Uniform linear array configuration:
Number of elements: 12
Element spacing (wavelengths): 1
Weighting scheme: uniform
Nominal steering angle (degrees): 45
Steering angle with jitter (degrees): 46.94
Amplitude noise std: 0.05
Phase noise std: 0.05

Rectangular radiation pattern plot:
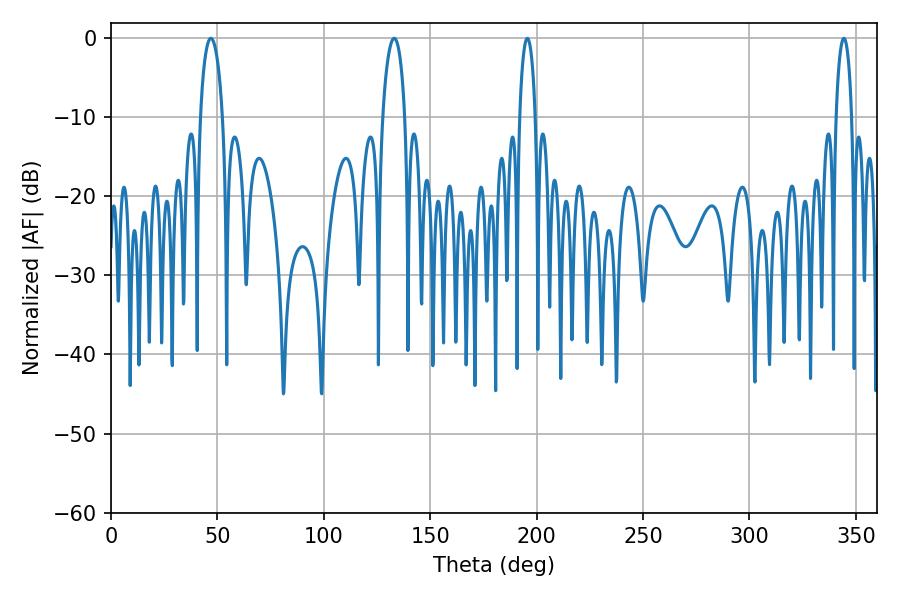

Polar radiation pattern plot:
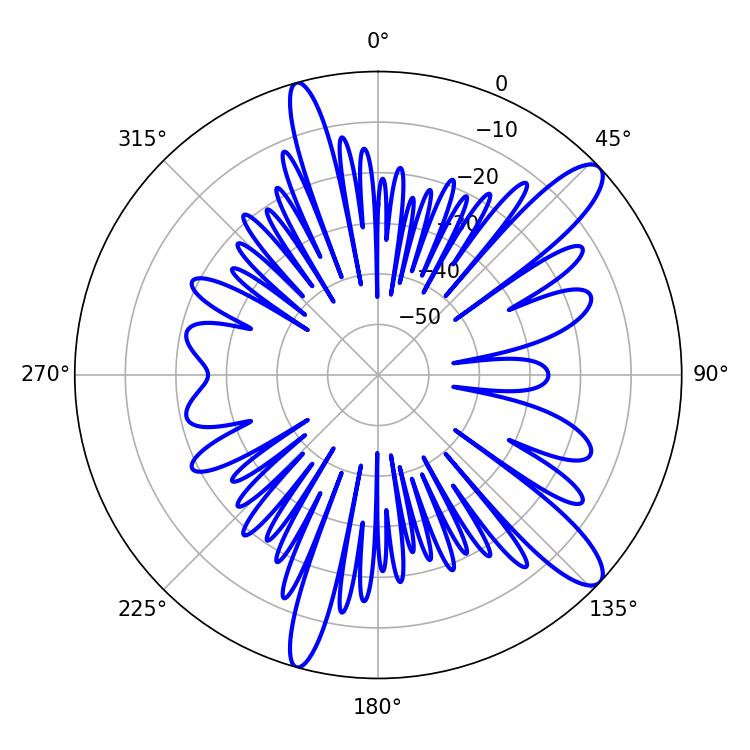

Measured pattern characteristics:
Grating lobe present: TRUE
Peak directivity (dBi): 11.916
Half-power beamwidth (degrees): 4.32
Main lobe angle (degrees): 195.66